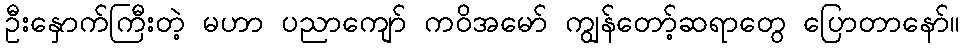
ဦးနှောက်ကြီးတဲ့ မဟာ ပညာကျော် ကဝိအမော် ကျွန်တော့်ဆရာတွေ ပြောတာနော်။